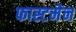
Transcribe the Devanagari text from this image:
फास्टमेन